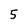
Character: 5